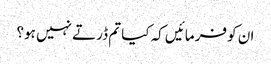
ان کو فرمائیں کہ کیا تم ڈرتے نہیں ہو؟